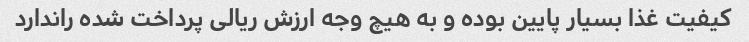
کیفیت غذا بسیار پایین بوده و به هیچ وجه ارزش ریالی پرداخت شده راندارد